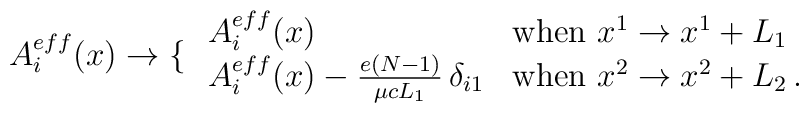
A_i^{eff} (x) \to\left\{\right.\begin{array}{ll}A_i^{eff}(x) &\mbox{when $x^1 \to x^1 + L_1$} \\A_i^{eff}(x) - {e(N-1) \over \mu c L_1}\,\delta_{i1}&\mbox{when $x^2 \to x^2 + L_2$\,. }\end{array}